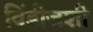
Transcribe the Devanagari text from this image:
विंडीजशी